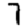
Digit: 7